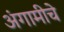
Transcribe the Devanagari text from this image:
अंगामीचे